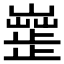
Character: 𣦣